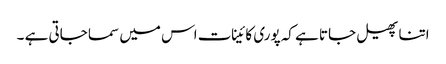
اتنا پھیل جاتا ہے کہ پوری کائینات اس میں سما جاتی ہے ۔